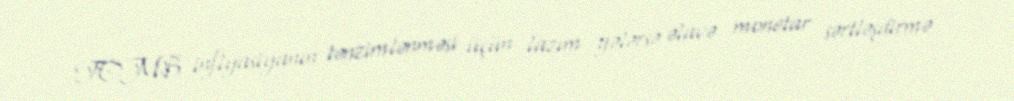
TCMB inflyasiyanın tənzimlənməsi üçün lazım gələrsə əlavə monetar sərtləşdirmə